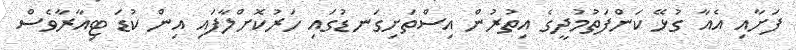
ފަށާއި އެއާ ގުޅޭ ކަންފަތުމުދީގެ އިތުރުން އިސްތަށިގަނޑުގައި ހަރުކޮށްލާފައި އިން ކުޑަ ޓިއާރާވެސް